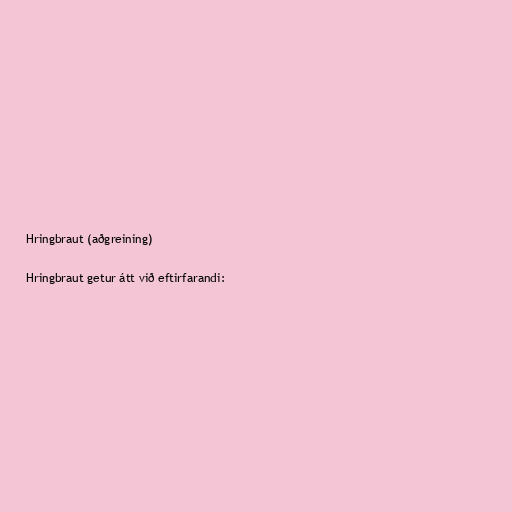
Hringbraut (aðgreining)

Hringbraut getur átt við eftirfarandi: